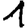
Digit: 1